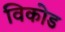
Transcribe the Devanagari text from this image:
विकोड